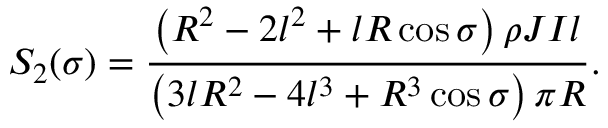
S _ { 2 } ( \sigma ) = \frac { \left( R ^ { 2 } - 2 l ^ { 2 } + l R \cos \sigma \right) \rho J I l } { \left( 3 l R ^ { 2 } - 4 l ^ { 3 } + R ^ { 3 } \cos \sigma \right) \pi R } .